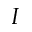
I